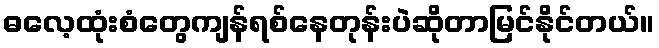
ဓလေ့ထုံးစံတွေကျန်ရစ်နေတုန်းပဲဆိုတာမြင်နိုင်တယ်။